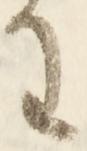
わ